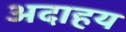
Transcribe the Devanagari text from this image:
अदाहय